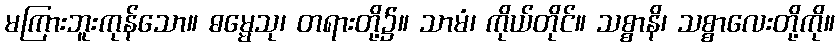
မကြားဘူးကုန်သော။ ဓမ္မေသု၊ တရားတို့၌။ သာမံ၊ ကိုယ်တိုင်။ သစ္စာနိ၊ သစ္စာလေးတို့ကို။